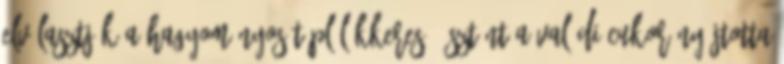
elválasztják a hagyományos táplálékkereső ösztönt a valódi cukor nyújtotta